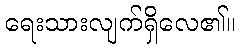
ရေးသားလျက်ရှိလေ၏။